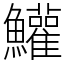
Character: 鱹